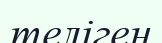
теліген